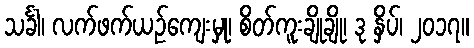
သင်္ခါ၊ လက်ဖက်ယဉ်ကျေးမှု၊ စိတ်ကူးချိုချို၊ ဒု နှိပ်၊ ၂၀၁၇။